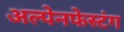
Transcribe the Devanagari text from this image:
अल्पेनफेस्टंग